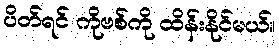
ပိတ်ရင် ကိုဗစ်ကို ထိန်းနိုင်မယ်။